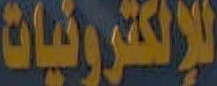
للإلكترونيات